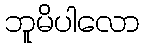
ဘူမိပါလော